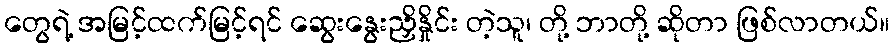
တွေရဲ့ အမြင့်ထက်မြင့်ရင် ဆွေးနွေးညှိနှိုင်း တဲ့သူ၊ တို့ ဘာတို့ ဆိုတာ ဖြစ်လာတယ်။